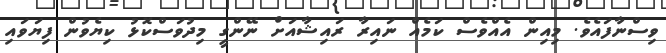
ވިސްނާފައެވެ. މިއިން އެއްވެސް ކަމެއް ނައިރާ ރައިޝާއަށް ނޭންގީ މިދުވަސްކޮޅު ކިޔެވުން ފިޔަވައި